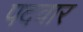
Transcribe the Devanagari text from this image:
पदवार